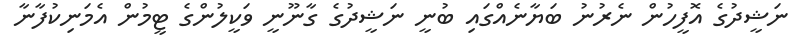
ނަޝީދުގެ އޮފީހުން ނެރުނު ބަޔާނެއްގައި ބުނީ ނަޝީދުގެ ގާނޫނީ ވަކީލުންގެ ޓީމުން އެމަނިކުފާނާ